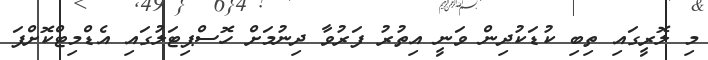
މި ލޮރީގައި ތިބި ކުޑަކުދިން ވަނީ އިތުރު ފަރުވާ ދިނުމަށް ހޮސްޕިޓަލުގައި އެޑްމިޓްކޮށްފަ